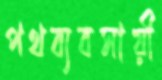
পথব্যবসায়ী